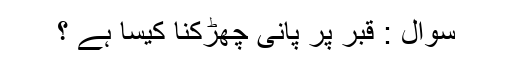
سوال : قبر پر پانی چھڑکنا کیسا ہے ؟